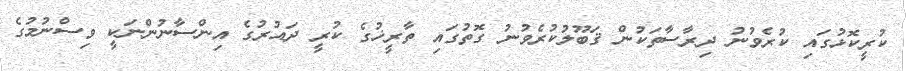
ކުރީކޮޅުގައި ކުރެވުނު ދިރާސާތަކުން ޤަބޫލުކުރެވުނު ގޮތުގައި ތާރީޚުގެ ކުރީ ދައުރުގެ އިންސާނުންނަކީ ވިސްނުމުގެ